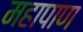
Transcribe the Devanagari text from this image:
महापाण